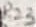
Text: R23